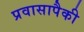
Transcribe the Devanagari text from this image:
प्रवासापैकी